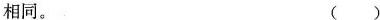
相同。()